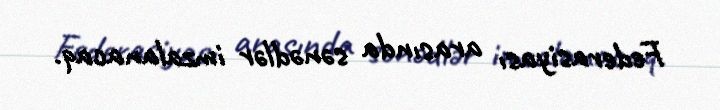
Federasiyası arasında sənədlər imzalanacaq.